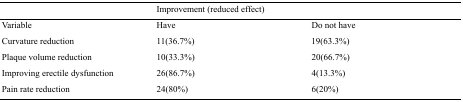
<table><thead><tr><td></td><td><b>Improvement (reduced effect)</b></td><td></td></tr></thead><tbody><tr><td>Variable</td><td>Have</td><td>Do not have</td></tr><tr><td>Curvature reduction</td><td>11(36.7%)</td><td>19(63.3%)</td></tr><tr><td>Plaque volume reduction</td><td>10(33.3%)</td><td>20(66.7%)</td></tr><tr><td>Improving erectile dysfunction</td><td>26(86.7%)</td><td>4(13.3%)</td></tr><tr><td>Pain rate reduction</td><td>24(80%)</td><td>6(20%)</td></tr></tbody></table>